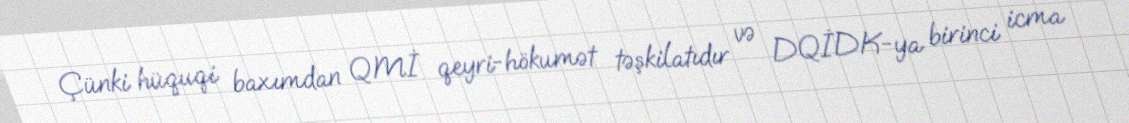
Çünki hüquqi baxımdan QMİ qeyri-hökumət təşkilatıdır və DQİDK-ya birinci icma